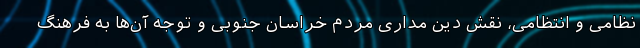
نظامی و انتظامی، نقش دین مداری مردم خراسان جنوبی و توجه آن‌ها به فرهنگ